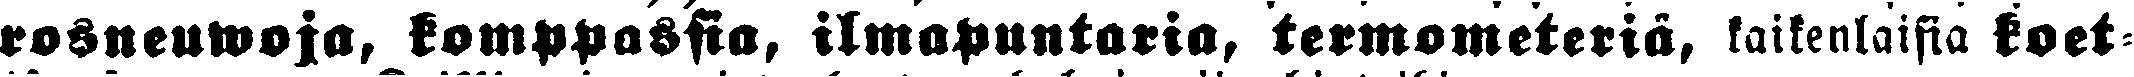
rosneuwoja, komppassia, ilmapuntaria, termometeriä, kaikenlaisia koet-